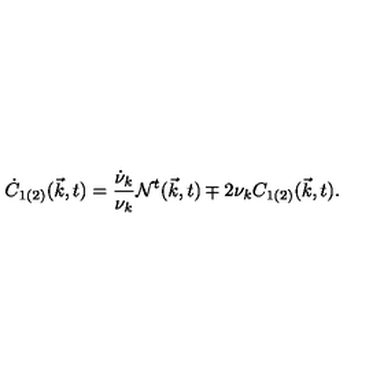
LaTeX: \dot { C } _ { 1 ( 2 ) } ( { \vec { k } } , t ) = \frac { \dot { \nu } _ { k } } { { \nu } _ { k } } { \cal N } ^ { t } ( { \vec { k } } , t ) \mp 2 { \nu } _ { k } C _ { 1 ( 2 ) } ( { \vec { k } } , t ) .